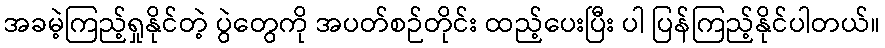
အခမဲ့ကြည့်ရှုနိုင်တဲ့ ပွဲတွေကို အပတ်စဉ်တိုင်း ထည့်ပေးပြီး ပါ ပြန်ကြည့်နိုင်ပါတယ်။